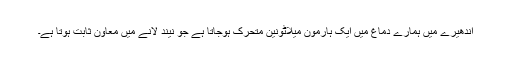
اندھیرے میں ہمارے دماغ میں ایک ہارمون میلاٹونین متحرک ہوجاتا ہے جو نیند لانے میں معاون ثابت ہوتا ہے۔